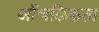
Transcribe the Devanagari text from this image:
आँचलिकता